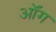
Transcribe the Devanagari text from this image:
ऑंग